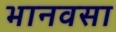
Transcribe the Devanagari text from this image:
भानवसा